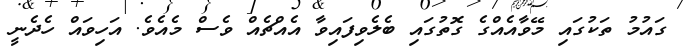
ގައުމު ތަކުގައި މޭވާއެއްގެ ގޮތުގައި ބެލެވިފައިވާ އެއްޗެއް ވެސް މެއެވެ. އަހިވައް ހެދެނީ